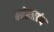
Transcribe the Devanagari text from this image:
अवेस्ताग्रंथ